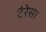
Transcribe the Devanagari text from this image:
टैरेसा